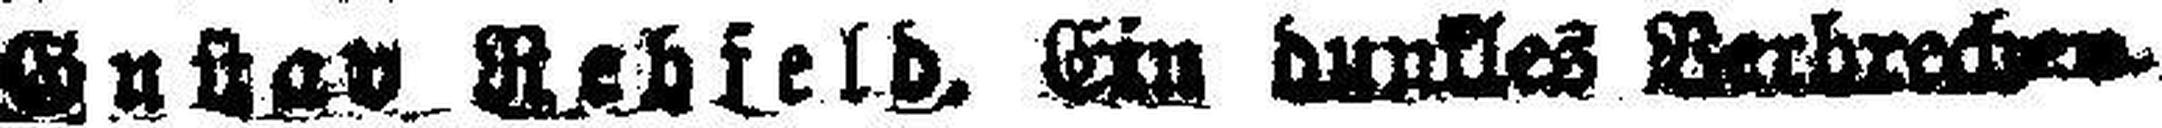
Gustav Rebfeld, Ein dunkles Verbrech###